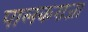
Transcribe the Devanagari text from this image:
पालकराजा